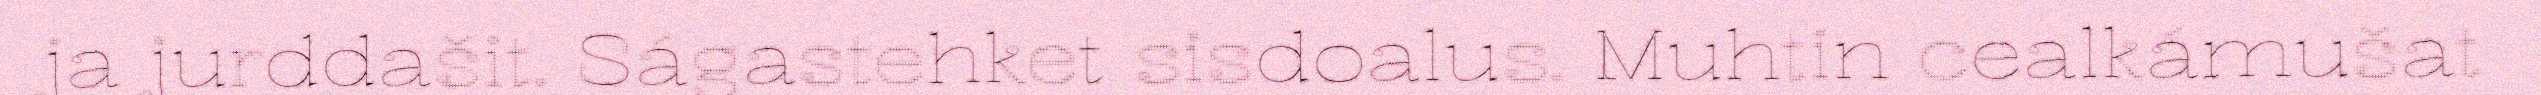
ja jurddašit. Ságastehket sisdoalus. Muhtin cealkámušat